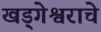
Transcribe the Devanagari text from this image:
खड्गेश्वराचे